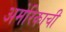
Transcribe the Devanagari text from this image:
अमेरिकाची